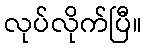
လုပ်လိုက်ပြီ။